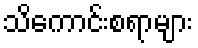
သိကောင်းစရာများ